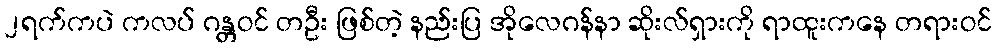
၂ရက်ကပဲ ကလပ် ဂန္တဝင် တဦး ဖြစ်တဲ့ နည်းပြ အိုလေဂန်နာ ဆိုးလ်ရှားကို ရာထူးကနေ တရားဝင်